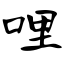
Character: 哩